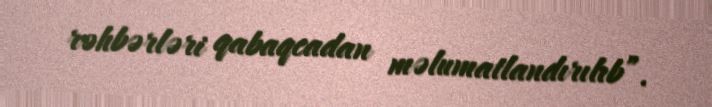
rəhbərləri qabaqcadan məlumatlandırılıb”.